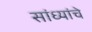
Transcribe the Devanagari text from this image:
सांध्यांचे